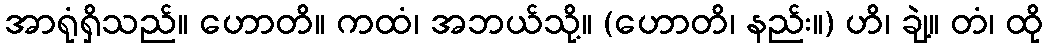
အာရုံရှိသည်။ ဟောတိ။ ကထံ၊ အဘယ်သို့။ (ဟောတိ၊ နည်း။) ဟိ၊ ချဲ့။ တံ၊ ထို